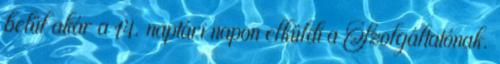
belül akár a 14. naptári napon elküldi a Szolgáltatónak.